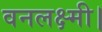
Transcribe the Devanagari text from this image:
वनलक्ष्मी।